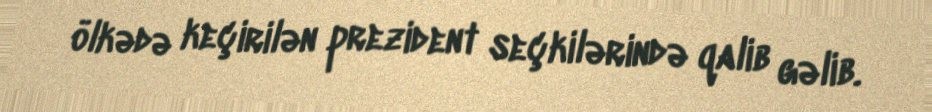
ölkədə keçirilən prezident seçkilərində qalib gəlib.